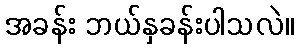
အခန်း ဘယ်နှခန်းပါသလဲ။